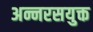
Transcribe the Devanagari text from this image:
अन्नरसयुक्त